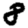
Digit: 8